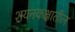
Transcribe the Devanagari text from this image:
शयनकक्षातील